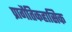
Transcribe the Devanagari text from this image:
प्रागैतिकहासिक